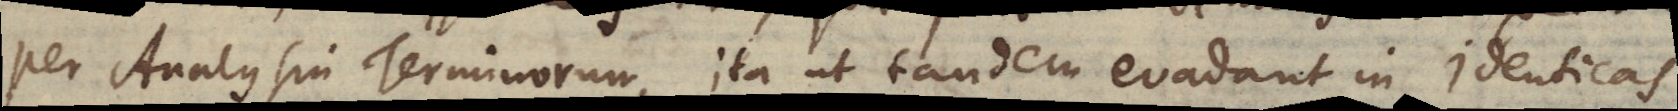
per Analysin Terminorum, ita ut tandem evadant in identicas